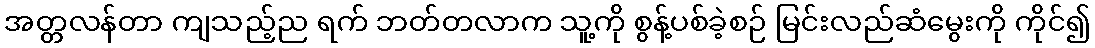
အတ္တလန်တာ ကျသည့်ည ရက် ဘတ်တလာက သူ့ကို စွန့်ပစ်ခဲ့စဉ် မြင်းလည်ဆံမွေးကို ကိုင်၍